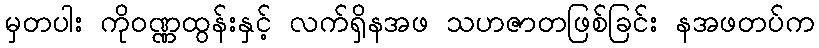
မှတပါး ကိုဝဏ္ဏထွန်းနှင့် လက်ရှိနအဖ သဟဇာတဖြစ်ခြင်း နအဖတပ်က